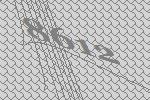
8612